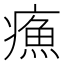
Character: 𤹿